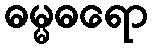
ဓမ္မဓရော